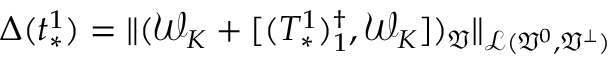
\Delta ( t _ { * } ^ { 1 } ) = \| ( \mathcal { W } _ { K } + [ ( T _ { * } ^ { 1 } ) _ { 1 } ^ { \dag } , \mathcal { W } _ { K } ] ) _ { \mathfrak { V } } \| _ { \mathcal { L } ( \mathfrak { V } ^ { 0 } , \mathfrak { V } ^ { \perp } ) }